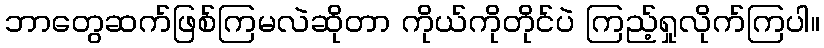
ဘာတွေဆက်ဖြစ်ကြမလဲဆိုတာ ကိုယ်ကိုတိုင်ပဲ ကြည့်ရှုလိုက်ကြပါ။